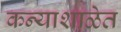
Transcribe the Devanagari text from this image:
कन्याशाळेत